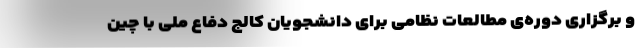
و برگزاری دوره‌ی مطالعات نظامی برای دانشجویان کالج دفاع ملی با چین